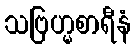
သဗြဟ္မစာရီနံ